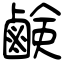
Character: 鹸